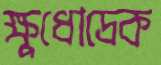
ক্ষুধোদ্রেক